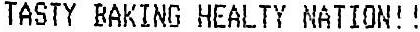
TASTY BAKING HEALTY NATION!!